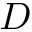
D